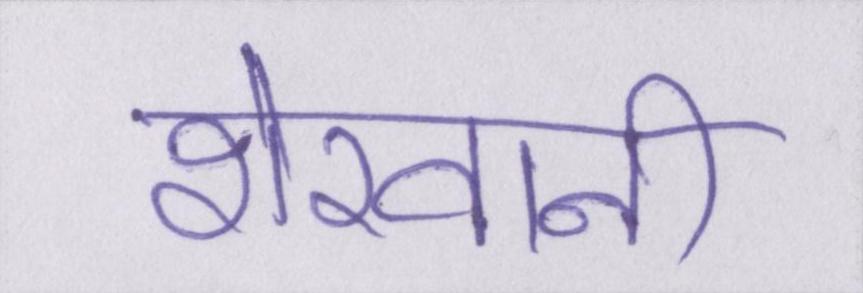
शेरवानी